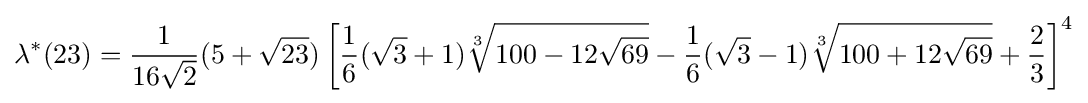
\lambda ^{*}(23)={\frac {1}{16{\sqrt {2}}}}(5+{\sqrt {23}})\left[{\frac {1}{6}}({\sqrt {3}}+1){\sqrt[{3}]{100-12{\sqrt {69}}}}-{\frac {1}{6}}({\sqrt {3}}-1){\sqrt[{3}]{100+12{\sqrt {69}}}}+{\frac {2}{3}}\right]^{4}